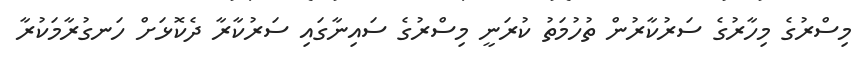
މިސްރުގެ މިހާރުގެ ސަރުކާރުން ތުހުމަތު ކުރަނީ މިސްރުގެ ސައިނާގައި ސަރުކާރާ ދެކޮޅަށް ހަނގުރާމަކުރާ